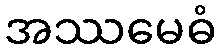
အဿမေဓံ